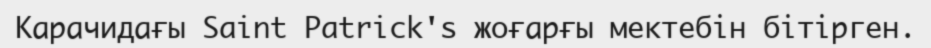
Карачидағы Saint Patrick's жоғарғы мектебін бітірген.